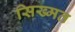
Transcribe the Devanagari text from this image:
सिख्मत